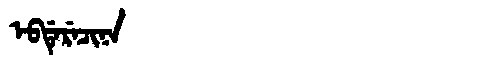
Manchu: ᡝᠪᡩᡝᡵᡝᠴᡳᠨᠠ
Romanization: EBDERECINA